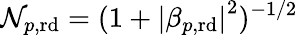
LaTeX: \mathcal{N}_{p,\mathrm{rd}}=(1+\left|\beta_{p,\mathrm{rd}}\right|^{2})^{-1/2}